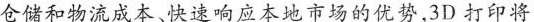
仓储和物流成本、快速响应本地市场的优势,3D 打印将